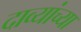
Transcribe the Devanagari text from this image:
दाव्यांच्या